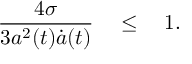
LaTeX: { \frac { 4 \sigma } { 3 a ^ { 2 } ( t ) \dot { a } ( t ) } } \quad \le \quad 1 .